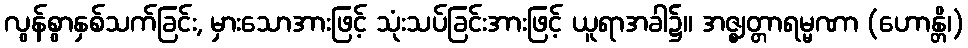
လွန်စွာနှစ်သက်ခြင်း, မှားသောအားဖြင့် သုံးသပ်ခြင်းအားဖြင့် ယူရာအခါ၌။ အဇ္ဈတ္တာရမ္မဏာ (ဟောန္တိ၊)